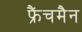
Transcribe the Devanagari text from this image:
फ्रैंचमैन